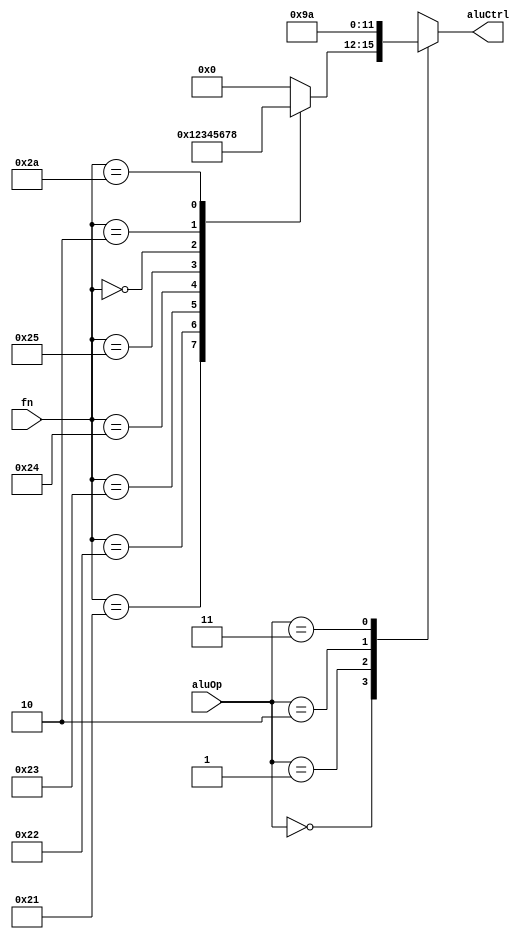
module aluCtrl (
    aluOp,
    fn,
    aluCtrl
    );
    input wire [1:0] aluOp;
    input wire [5:0] fn;
    output reg [3:0] aluCtrl;


parameter ADDFN = 6'b100000;
parameter ADDUFN = 6'b100001;
parameter SUBFN = 6'b100010;
parameter SUBUFN = 6'b100011;
parameter ANDFN = 6'b100100;
parameter ORFN = 6'b100101;
parameter SLLFN = 6'b000000;
parameter SRLFN = 6'b000010;
parameter SLTFN = 6'b101010;

reg [3:0] fno;
/* aluCtrl: 
    0: Add
    1: addu
    2: subtract
    3: subu
    4: and
    5: or
    6: sll
    7: srl
    8: slt
//    9: lw , sw
10  9: beq
11  10: bne

*/

    always @ (fn)
    begin
        case(fn)
            ADDFN: fno = 4'b0000;
            ADDUFN: fno = 4'b0001;
            SUBFN: fno = 4'b0010;
            SUBUFN: fno = 4'b0011;
            ANDFN: fno = 4'b0100;
            ORFN: fno = 4'b0101;
            SLLFN: fno = 4'b0110;
            SRLFN: fno = 4'b0111;
            SLTFN: fno = 4'b1000;
            default: fno = 4'b0000;
        endcase
    end

/* ALUOP: 2 bits: 
00 RTYPE
01 SW LW ADDI 
10 BEQ
11 BNE
*/
    always @ (aluOp)
    begin
        case(aluOp)
            2'b00: aluCtrl = fno;
            2'b01: aluCtrl = 4'b0000;// normal ADD op but immediate source 
            2'b10: aluCtrl = 4'b1001;//9
            2'b11: aluCtrl = 4'b1010;//10
            default: aluCtrl = 4'b0000;
        endcase
    end
endmodule